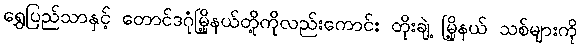
ရွှေပြည်သာနှင့် တောင်ဒဂုံမြို့နယ်တို့ကိုလည်းကောင်း တိုးချဲ့ မြို့နယ် သစ်များကို